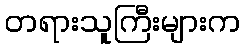
တရားသူကြီးများက